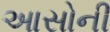
આસોની